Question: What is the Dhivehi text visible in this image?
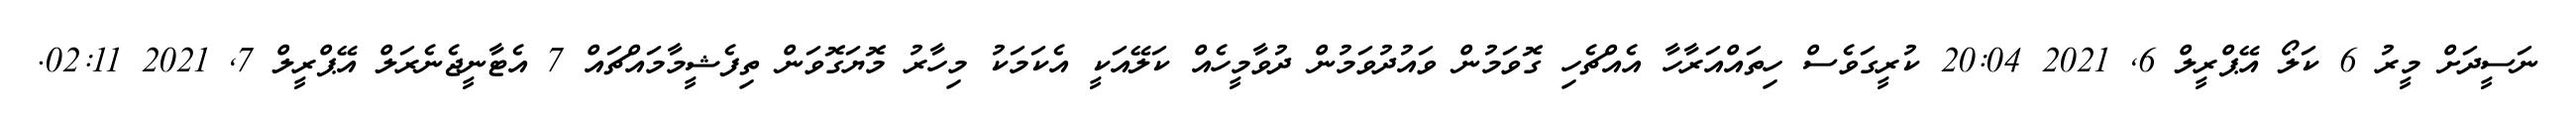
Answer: ނަސީދަށް މީރު 6 ކަލޯ އޭޕްރީލް 6, 2021 20:04 ކުރީގަވެސް ހިތައްއަރާހާ އެއްޗެހި ގޮވަމުން ވައުދުވަމުން ދުވާމީހެއް ކަލޭއަކީ އެކަމަކު މިހާރު މޮޔަގޮވަން ތިފެޝީމާމައްޗައް 7 އެޓާނީޖެނެރަލް އޭޕްރީލް 7, 2021 02:11.